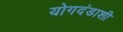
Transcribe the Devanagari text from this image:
योगदंडाशी